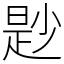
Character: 尟